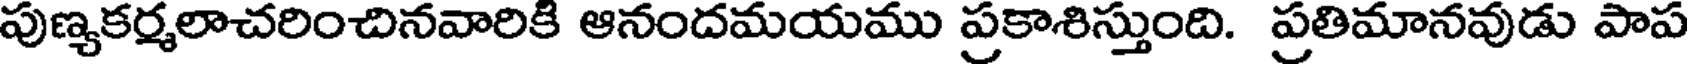
పుణ్యకర్మలాచరించినవారికి ఆనందమయము ప్రకాశిస్తుంది. ప్రతిమానవుడు పాప